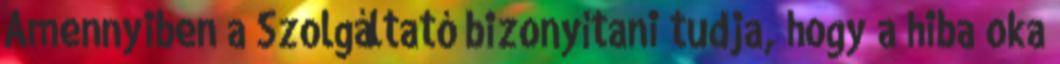
Amennyiben a Szolgáltató bizonyítani tudja, hogy a hiba oka